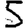
Digit: 5